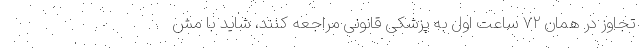
تجاوز در همان ۷۲ ساعت اول به پزشکی قانونی مراجعه کنند، شاید با مش